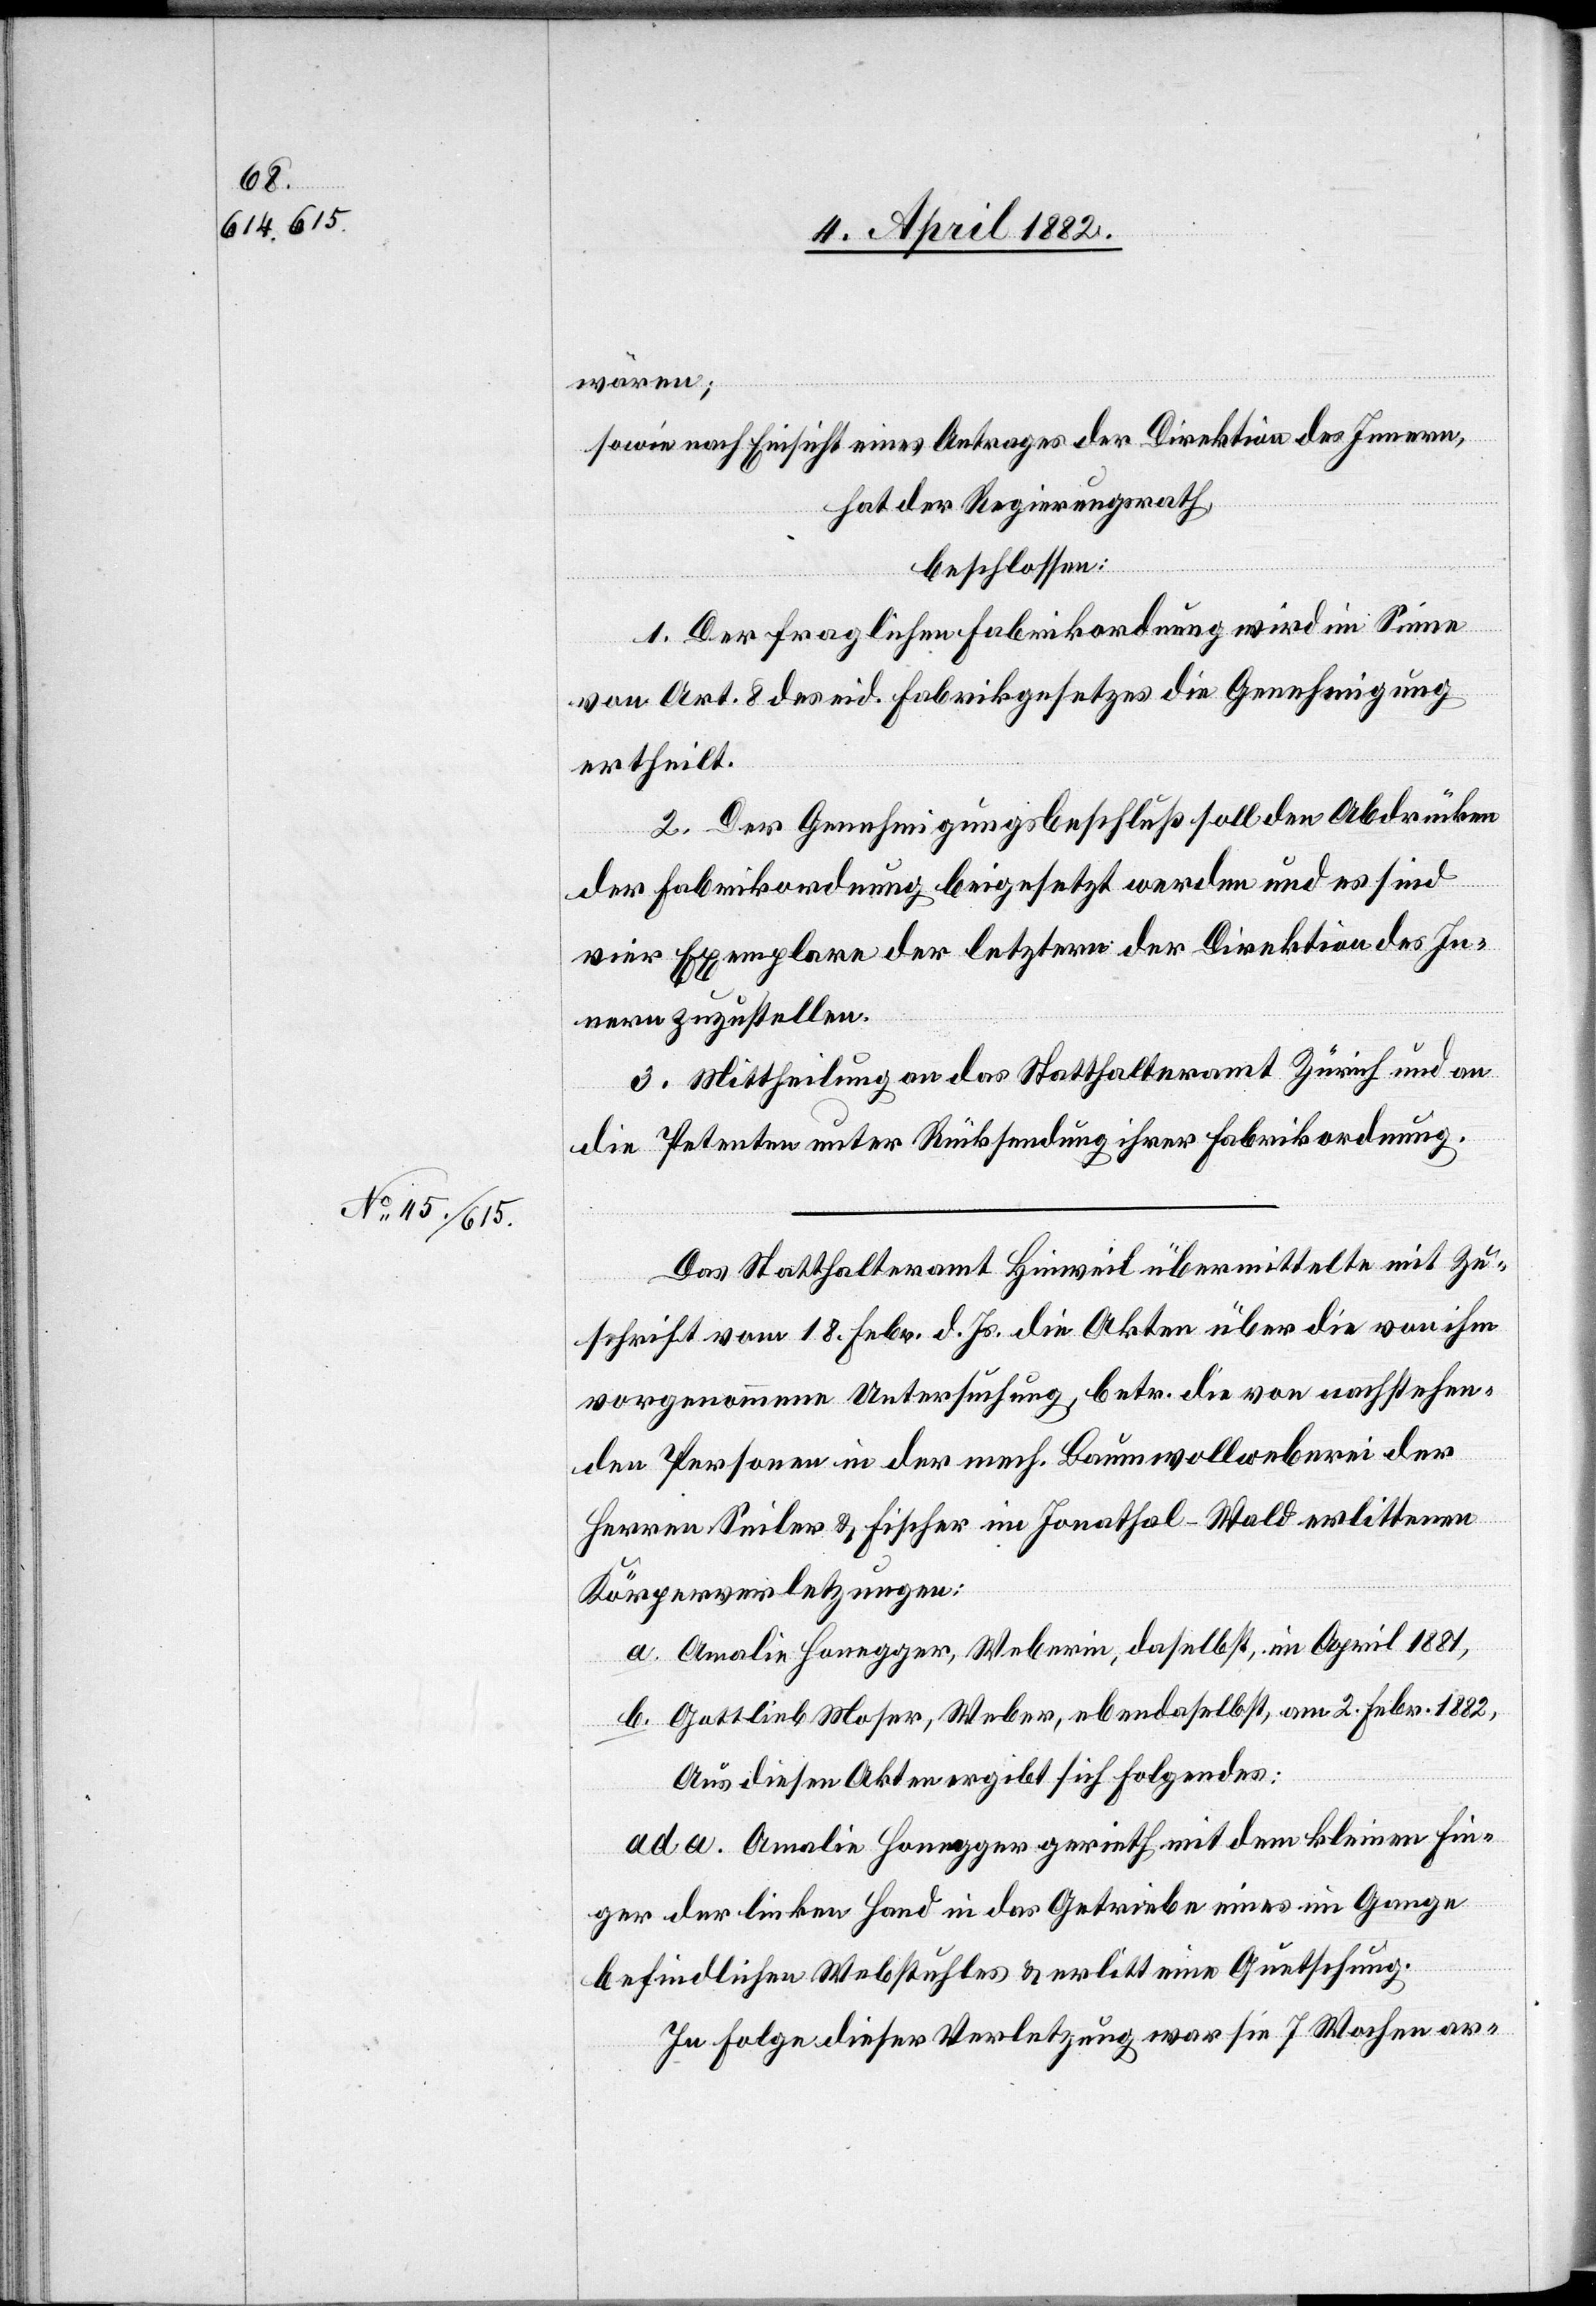
wären;
sowie nach Einsicht eines Antrages der Direktion des Innern,
hat der Regierungsrath,
beschlossen:
1. Der fraglichen Fabrikordnung wird im Sinne
von Art. 8 des eid. Fabrikgesetzes die Genehmigung
ertheilt.
2. Der Genehmigungsbeschluß soll den Abdrücken
a.
der Fabrikordnung beigesetzt werden und es sind
vier Exemplare der letztern der Direktion des In¬
nern zuzustellen.
3. Mittheilung an das Statthalteramt Zürich und an
die Petenten unter Rücksendung ihrer Fabrikordnung.
Das Statthalteramt Hinweil übermittelte mit Zu¬
schrift vom 18. Febr. d. Js. die Akten über die von ihm
vorgenommene Untersuchung, betr. die von nachstehen¬
den Personen in der mech. Baumwollweberei der
Herren Seiler & Fischer im Jonathal - Wald erlittenen
Körperverletzungen:
Amalie Honegger, Weberin, daselbst, im April 1881,
Gottlieb Moser, Weber, ebendaselbst, am 2. Febr. 1882,
Aus diesen Akten ergibt sich Folgendes:
ad a. Amalie Honegger gerieth mit dem kleinen Fin¬
ger der linken Hand in das Getriebe eines im Gange
befindlichen Webstuhles & erlitte eine Quetschung.
In Folge dieser Verletzung war sie 7 Wochen ar-